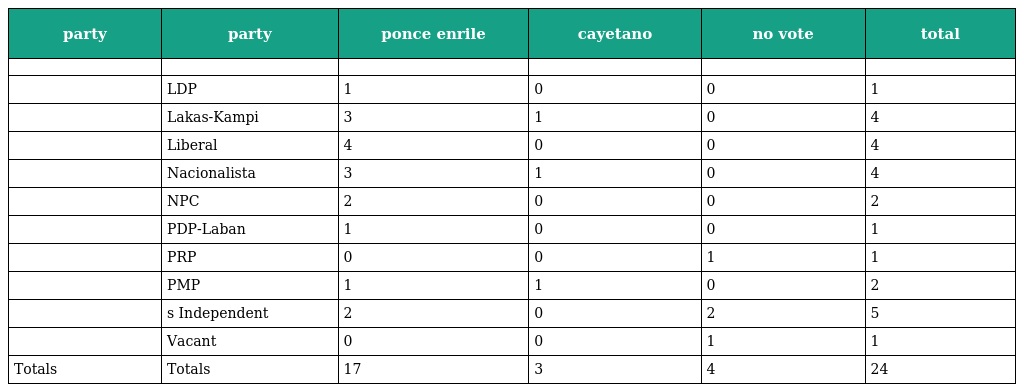
| party | party | ponce enrile | cayetano | no vote | total |
 | --- | --- | --- | --- | --- | --- |
 |  |  |  |  |  |  |
 |  | LDP | 1 | 0 | 0 | 1 |
 |  | Lakas-Kampi | 3 | 1 | 0 | 4 |
 |  | Liberal | 4 | 0 | 0 | 4 |
 |  | Nacionalista | 3 | 1 | 0 | 4 |
 |  | NPC | 2 | 0 | 0 | 2 |
 |  | PDP-Laban | 1 | 0 | 0 | 1 |
 |  | PRP | 0 | 0 | 1 | 1 |
 |  | PMP | 1 | 1 | 0 | 2 |
 |  | s Independent | 2 | 0 | 2 | 5 |
 |  | Vacant | 0 | 0 | 1 | 1 |
 | Totals | Totals | 17 | 3 | 4 | 24 |